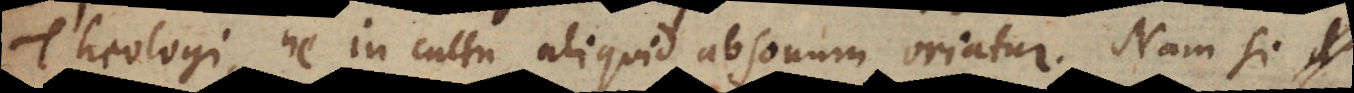
Theologi, ne in cultu aliquid absonum oriatur. Nam si